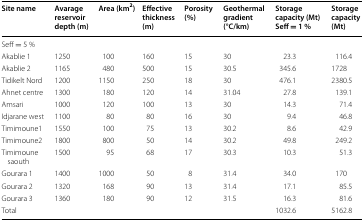
<table><thead><tr><td><b>Site name</b></td><td><b>Avarage reservoir depth (m)</b></td><td><b>Area (km<sup>2</sup>)</b></td><td><b>Effective thickness (m)</b></td><td><b>Porosity (%)</b></td><td><b>Geothermal gradient (°C/km)</b></td><td><b>Storage capacity (Mt) Seff = 1 %</b></td><td><b>Storage capacity (Mt)</b></td></tr></thead><tbody><tr><td>Seff = 5 %</td><td></td><td></td><td></td><td></td><td></td><td></td><td></td></tr><tr><td>Akablie 1</td><td>1250</td><td>100</td><td>160</td><td>15</td><td>30</td><td>23.3</td><td>116.4</td></tr><tr><td>Akablie 2</td><td>1165</td><td>480</td><td>500</td><td>15</td><td>30.5</td><td>345.6</td><td>1728</td></tr><tr><td>Tidikelt Nord</td><td>1200</td><td>1150</td><td>250</td><td>18</td><td>30</td><td>476.1</td><td>2380.5</td></tr><tr><td>Ahnet centre</td><td>1300</td><td>180</td><td>120</td><td>14</td><td>31.04</td><td>27.8</td><td>139.1</td></tr><tr><td>Amsari</td><td>1000</td><td>120</td><td>100</td><td>13</td><td>30</td><td>14.3</td><td>71.4</td></tr><tr><td>Idjarane west</td><td>1100</td><td>80</td><td>80</td><td>16</td><td>30</td><td>9.4</td><td>46.8</td></tr><tr><td>Timimoune1</td><td>1550</td><td>100</td><td>75</td><td>13</td><td>30.2</td><td>8.6</td><td>42.9</td></tr><tr><td>Timimoune2</td><td>1800</td><td>800</td><td>50</td><td>14</td><td>30.2</td><td>49.8</td><td>249.2</td></tr><tr><td>Timimoune saouth</td><td>1500</td><td>95</td><td>68</td><td>17</td><td>30.3</td><td>10.3</td><td>51.3</td></tr><tr><td>Gourara 1</td><td>1400</td><td>1000</td><td>50</td><td>8</td><td>31.4</td><td>34.0</td><td>170</td></tr><tr><td>Gourara 2</td><td>1320</td><td>168</td><td>90</td><td>13</td><td>31.4</td><td>17.1</td><td>85.5</td></tr><tr><td>Gourara 3</td><td>1360</td><td>180</td><td>90</td><td>12</td><td>31.5</td><td>16.3</td><td>81.6</td></tr><tr><td>Total</td><td></td><td></td><td></td><td></td><td></td><td>1032.6</td><td>5162.8</td></tr></tbody></table>